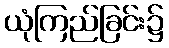
ယုံကြည်ခြင်း၌